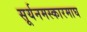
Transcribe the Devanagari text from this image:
सूर्यनमस्कारमाघ